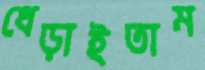
ধেড়াইতাম